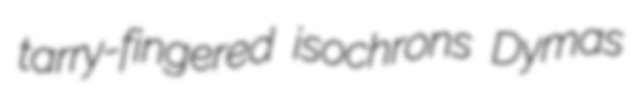
tarry-fingered isochrons Dymas